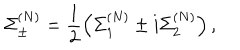
\Sigma _ { \pm } ^ { ( N ) } = \frac { 1 } { 2 } \left( \Sigma _ { 1 } ^ { ( N ) } \pm i \Sigma _ { 2 } ^ { ( N ) } \right) ,